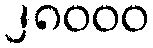
၂၈၀၀၀